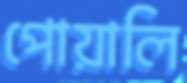
পোয়ালি